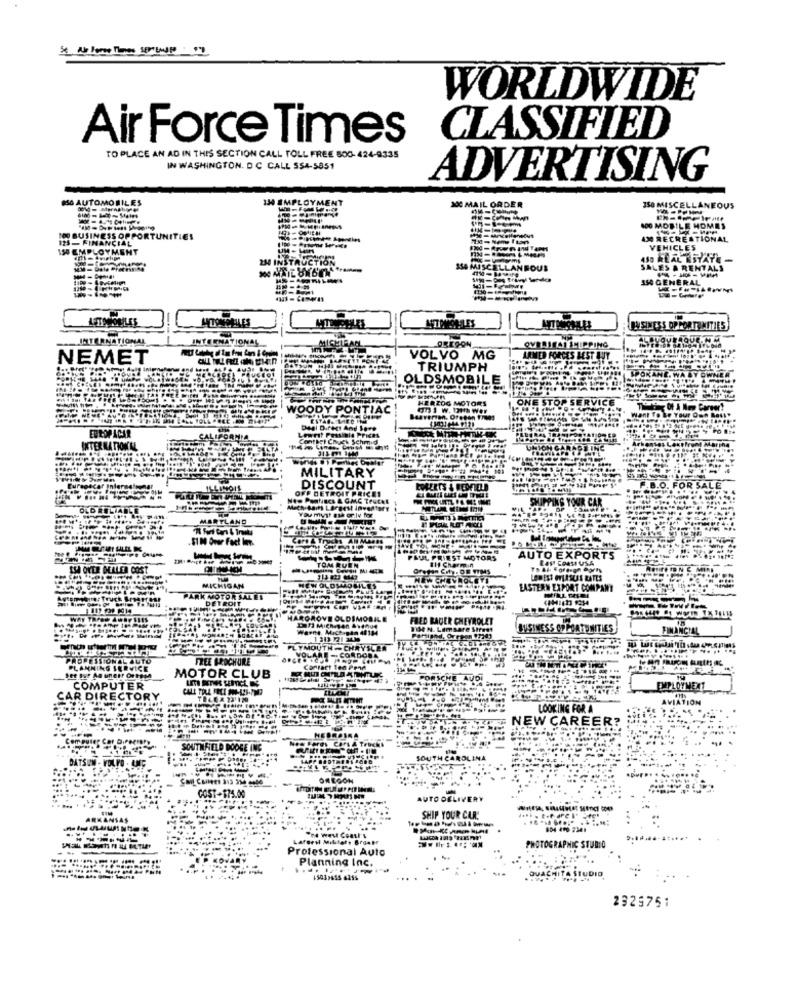
WORLDWIDE
Air Force Times
CLASSIFIED
TO PLACE AN AD IN THIS SECTION CALL TOLL FREE 500- 424-9335
IN WASHINGTON, DC CALL $$4-5851
ADVERTISING
150 AUTOMOBILES
IN EMPLOYMENT
MC MAIL ORDER
150 MISCELLANEOUS
1-1-6mm
400 MOBILE HOMES
125-FINANCIAL
100 BUSINESS OPPORTUNITIES
AM RECREATIONAL
150 EMPLOYMENT
VEHICLES
280 INSTRUCTI
450 REAL ESTATE
154 MISCELLANEOUS
SALES & RENTALS
150 GENERAL
AFTEROULES
MITONCHILES
MIMOHLES
INTERNATIONAL
INTERNATIONAL
MIGHT
OREGON
MICHIRACL.
OVERSEAS SHIPPING
NEMET
VOLVO MG
ARMED FORCES BEST BUY
TRIUMPH
OLDSMOBILE
SPOKANE. WA BY
WNEN
HERZOG MOTORS
ONE STOP SERVICE
WOODY PONTIAC !
1 w. It war
Le Tour OF
EUROP ACAR
Lownot Possible Prices
CALIFORNIA
Contact Chuck Schmid
INTERNATIONAL
INGAR
MILITARY
ILLINOIS
OFF DETROIT PRICES
DISCOUNT
LOSEETS & REDFIELD
FOR SA
New PamNincs & GMC TruckE
CHIPPING YOUR CAR
MARYLAND
---------
51 0 Over Fact In.
PRIEST MOTORS
AUTO EXPORTS
IS OVER DEALER COST
--
TOM QUEN
111 Charmin
LODESS OLASUIS RATES
MICHIGAN
EASTERN EXPORT COMPANY
. Truck &
PARK MOTOR SALES
DETROIT
HARGROVE OLD
FRED BAGER CHEVROLET
Warne Mich
134 N. Lamsare Stress
BUSINESS OPPORTUNITIES
FINANCIAL
PLYMOUTH -CHRYSLER
PROFESSIONAL &
FREE BROCHURE
AMNING SERVI
Contact ten Prid
-
MOTOR CLUB
COMPUTER
EMPLOYMENT
CAR DIRECTORY
AVIATION
LOOKING FOR A
NEW CAREER?
---
HEBRAIRA
SOUTHFIELD
DATSUN - VOLVO . AMG
SOUTH CAROLINA
SMI Comes 313 30
OREGON
COST-175.00
AUTO DELIVERY
ARKANSAS
SHIP YOUR CAR!
804 490 2341
--
Largeil Militar. Braatt
4 weu Coal's
-- -
Professional Auto
PHOTOGRAPHIC STUDIO
Planning Inc.
OUACHITA STUDIO
2329751